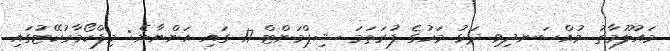
މައުލޫމާތު މުއްސަނދިވި ދަޅު މަހުގެ ފުރަތަމަ ޝިޕްމަންޓް 17 ގައި އަންނާނެ: މިފްކޯމާރުކޭޓުގައި